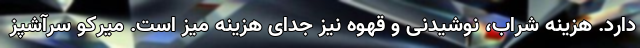
دارد. هزینه شراب، نوشیدنی و قهوه نیز جدای هزینه میز است. میرکو سرآشپز